Annual administration report of the Civil Veterinary Department, Ajmere-Merwara, British Rajputana - 1914-1940
Year: 1914
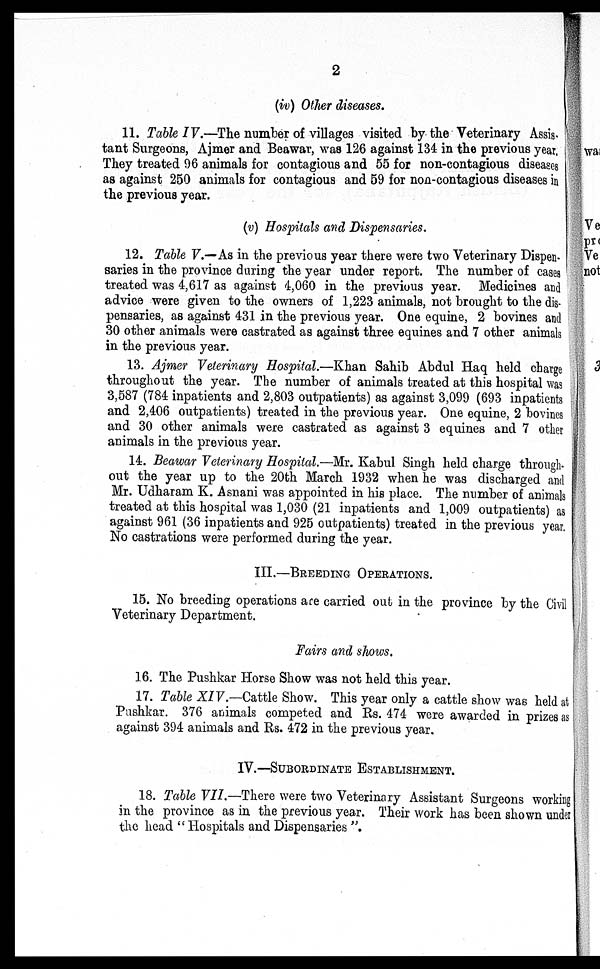
2
(iv) Other diseases.
11. Table IV.—The number of villages visited by the Veterinary Assis-
tant Surgeons, Ajmer and Beawar, was 126 against 134 in the previous year,
They treated 96 animals for contagious and 55 for non-contagious diseases
as against 250 animals for contagious and 59 for non-contagious diseases in
the previous year.
(v) Hospitals and Dispensaries.
12. Table V.—As in the previous year there were two Veterinary Dispen-
saries in the province during the year under report. The number of cases
treated was 4,617 as against 4,060 in the previous year. Medicines and
advice were given to the owners of 1,223 animals, not brought to the dis-
pensaries, as against 431 in the previous year. One equine, 2 bovines and
30 other animals were castrated as against three equines and 7 other animals
in the previous year.
13. Ajmer Veterinary Hospital.—Khan Sahib Abdul Haq held charge
throughout the year. The number of animals treated at this hospital was
3,587 (784 inpatients and 2,803 outpatients) as against 3,099 (693 inpatients
and 2,406 outpatients) treated in the previous year. One equine, 2 bovines
and 30 other animals were castrated as against 3 equines and 7 other
animals in the previous year.
14. Beawar Veterinary Hospital.—Mr. Kabul Singh held charge through-
out the year up to the 20th March 1932 when he was discharged and
Mr. Udharam K. Asnani was appointed in his place. The number of animals
treated at this hospital was 1,030 (21 inpatients and 1,009 outpatients) as
against 961 (36 inpatients and 925 outpatients) treated in the previous year.
No castrations were performed during the year.
III.—BREEDING OPERATIONS.
15. No breeding operations are carried out in the province by the Civil
Veterinary Department.
Fairs and shows.
16. The Pushkar Horse Show was not held this year.
17. Table XIV.—Cattle Show. This year only a cattle show was held at
Pushkar. 376 animals competed and Rs. 474 were awarded in prizes as
against 394 animals and Rs. 472 in the previous year.
IV.—SUBORDINATE ESTABLISHMENT.
18. Table VII.—There were two Veterinary Assistant Surgeons working
in the province as in the previous year. Their work has been shown under
the head "Hospitals and Dispensaries".